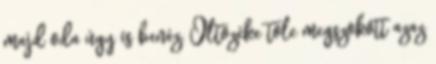
majd oda úgy is benéz. Öltözéke tőle megszokott azaz